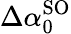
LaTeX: \Delta\alpha_{0}^{\mathrm{SO}}